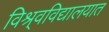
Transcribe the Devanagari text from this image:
विश्र्वविद्यालयात